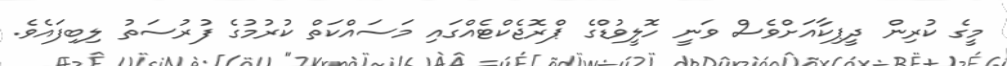
މީގެ ކުރިން ދީޕިކާއަށްވެސް ވަނީ ހޮލީވުޑްގެ ޕްރޮޖެކްޓެއްގައި މަސައްކަތް ކުރުމުގެ ފުރުސަތު ލިބިފައެވެ.